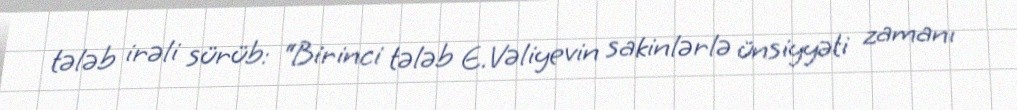
tələb irəli sürüb: “Birinci tələb E.Vəliyevin sakinlərlə ünsiyyəti zamanı